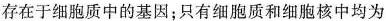
存在于细胞质中的基因；只有细胞质和细胞核中均为